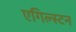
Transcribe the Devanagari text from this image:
एगिल्स्टन